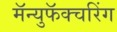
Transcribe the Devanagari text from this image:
मॅन्युफॅक्‍चरिंग